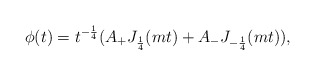
\begin{align*}\phi(t)=t^{-\frac{1}{4}}(A_+ J_{\frac{1}{4}}(mt) +A_- J_{-\frac{1}{4}}(mt)),\end{align*}